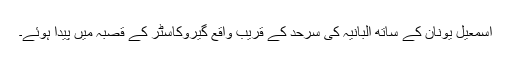
اسمٰعیل یونان کے ساتھ البانیہ کی سرحد کے قریب واقع گیروکاسٹر کے قصبہ میں پیدا ہوئے۔